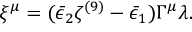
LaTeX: \xi ^ { \mu } = ( \bar { \epsilon } _ { 2 } \zeta ^ { ( 9 ) } - \bar { \epsilon } _ { 1 } ) \Gamma ^ { \mu } \lambda .